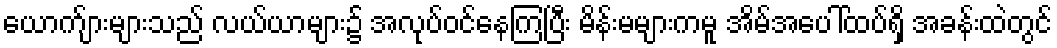
ယောက်ျားများသည် လယ်ယာများ၌ အလုပ်ဝင်နေကြပြီး မိန်းမများကမူ အိမ်အပေါ်ထပ်ရှိ အခန်းထဲတွင်